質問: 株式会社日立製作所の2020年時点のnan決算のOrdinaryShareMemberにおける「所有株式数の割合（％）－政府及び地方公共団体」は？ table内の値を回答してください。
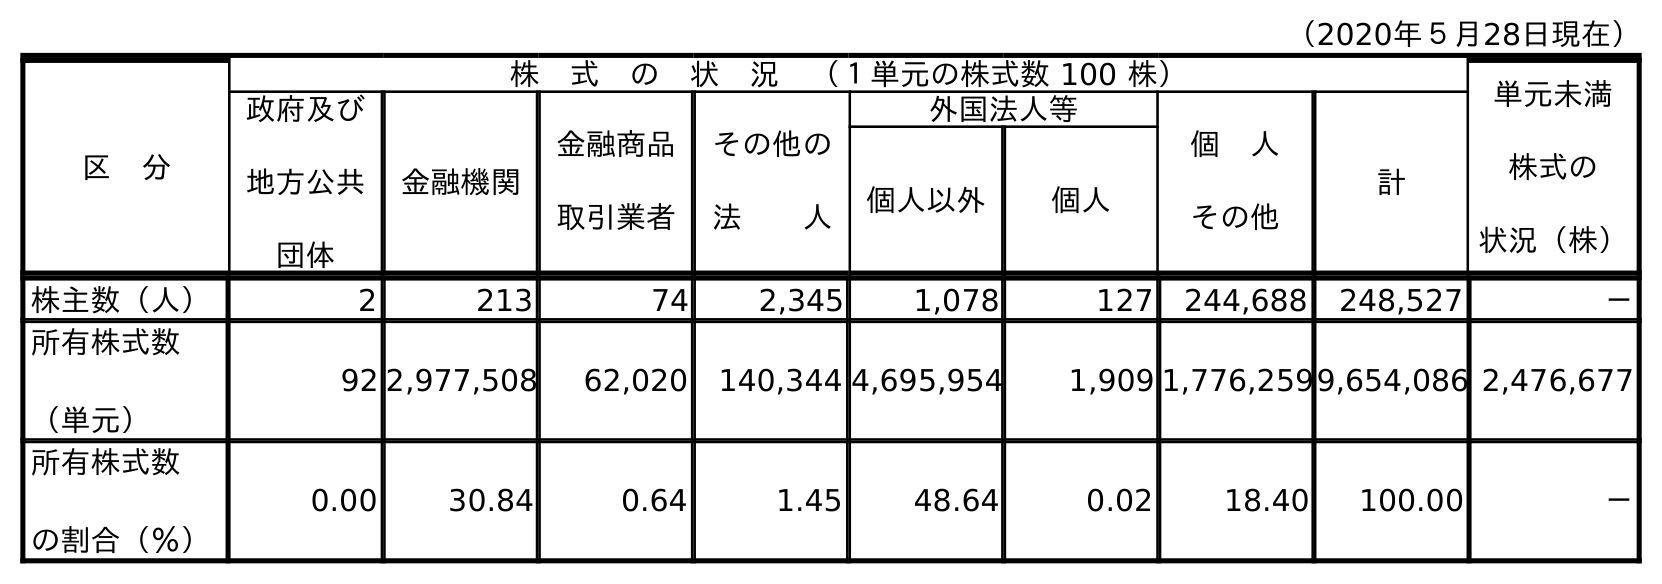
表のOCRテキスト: （2020年５月28日現在） 区 分 株 式 の 状 況 （１単元の株式数 100 株） 単元未満 株式の 状況（株） 政府及び 地方公共 団体 金融機関 金融商品 取引業者 その他の 法  人 外国法人等 個 人 その他 計 個人以外 個人 株主数（人） 2 213 74 2,345 1,078 127 244,688 248,527 － 所有株式数 （単元） 92 2,977,508 62,020 140,344 4,695,954 1,909 1,776,2599,654,086 2,476,677 所有株式数 の割合（％） 0.00 30.84 0.64 1.45 48.64 0.02 18.40 100.00 －
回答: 0.00